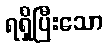
ရရှိပြီးသော